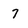
Character: 7